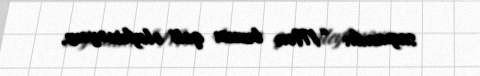
saymadı: “Mən bunun qəti əleyhinəyəm.